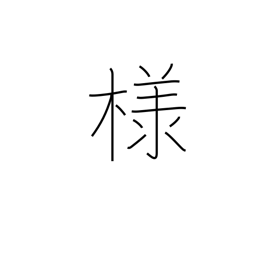
Meaning: polite suffix